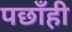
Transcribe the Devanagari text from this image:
पछाँही